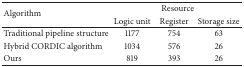
<table><thead><tr><td rowspan="2"><b>Algorithm</b></td><td colspan="3"><b>Resource</b></td></tr><tr><td><b>Logic unit</b></td><td><b>Register</b></td><td><b>Storage size</b></td></tr></thead><tbody><tr><td>Traditional pipeline structure</td><td>1177</td><td>754</td><td>63</td></tr><tr><td>Hybrid CORDIC algorithm</td><td>1034</td><td>576</td><td>26</td></tr><tr><td>Ours</td><td>819</td><td>393</td><td>26</td></tr></tbody></table>